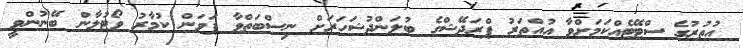
އުތުރުގެ ސްޓޭޓެއްކަމަށްވާ އުއްތަރު ޕްރަދޭޝްގެ ބުލަންދުޝަހަރަށް ނިސްބަތްވާ ޕަވަން ކުމާރު ވޯޓުލާން ބޭނުންވީ